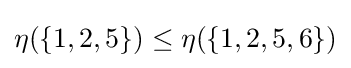
{\textstyle \eta (\{1,2,5\})\leq \eta (\{1,2,5,6\})}